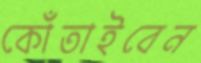
কোঁতাইবেন